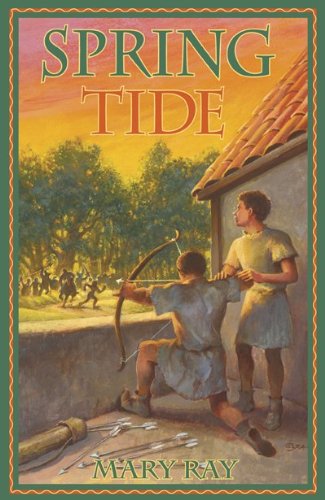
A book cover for Spring Tide; Mary Ray; Teen & Young Adult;